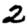
Digit: 2